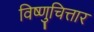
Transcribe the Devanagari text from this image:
विष्णुचित्तार